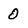
Character: 0